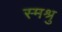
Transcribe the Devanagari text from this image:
स्मश्रु